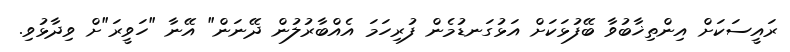
ރައީސަކަށް އިންތިޚާބުވާ ބޭފުޅަކަށް އަޅުގަނޑުމެން ފުރިހަމަ އެއްބާރުލުން ދޭނަން" އޭނާ "ހަވީރަ"ށް ވިދާޅުވި.